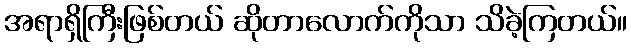
အရာရှိကြီးဖြစ်တယ် ဆိုတာလောက်ကိုသာ သိခဲ့ကြတယ်။